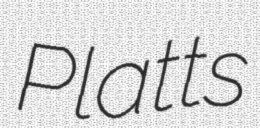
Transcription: Platts